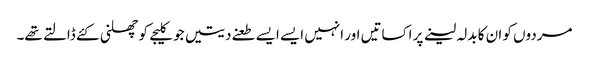
مردوں کو ان کا بدلہ لینے پر اکساتیں اور انہیں ایسے ایسے طعنے دیتیں جو کلیجے کو چھلنی کئے ڈالتے تھے۔